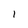
Character: l